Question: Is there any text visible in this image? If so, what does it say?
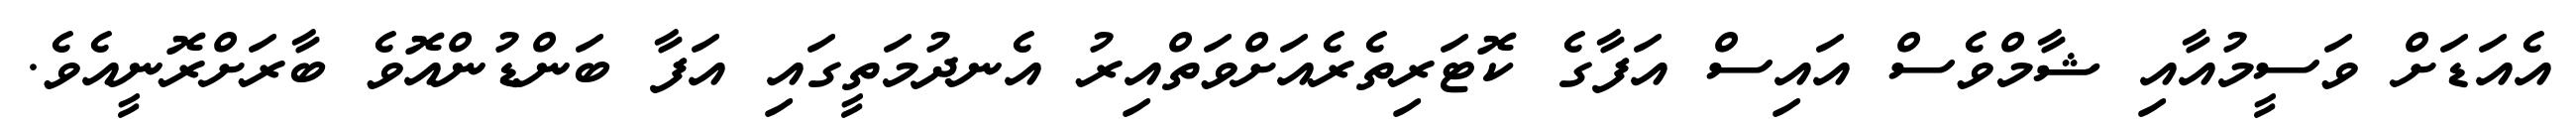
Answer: އެއަޑަށް ވަސީމުއާއި ޝާމްވެސް އައިސް އަފާގެ ކޮޓަރިތެރެއަށްވަތްއިރު އެނދުމަތީގައި އަފާ ބަންޑުންއޮވެ ބާރަށްރޮނީއެވެ.